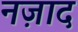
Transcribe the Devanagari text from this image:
नज़ाद